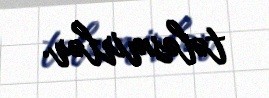
tələsmirlər.